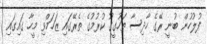
ފުލުހުން ބުނީ ރޭގެ ހާދިސާ ތަހުގީގު ކުރުމުގެ ތެރޭގައި ޒަހަމްވި މީހާ ގައިގައި